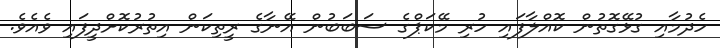
ހެދުމާއި ގުޅޭގޮތުން ކޮއްލާފައި ހުރި މޭކަޕްގެ ސަބަބުން އޭނާގެ ރީތިކަން އިތުރުކޮށްދީފައި ވެއެވެ.